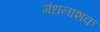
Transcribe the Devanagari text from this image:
गंधनाशक